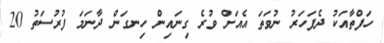
ހަފްތާާއަކު ދެފަހަރު ނުވަތަ އެއަށް ވުރެ ގިނައިން ހިނގަން ދާނަމަ ފުރުސަތު 20